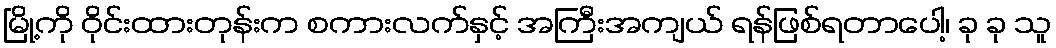
မြို့ကို ဝိုင်းထားတုန်းက စကားလက်နှင့် အကြီးအကျယ် ရန်ဖြစ်ရတာပေါ့၊ ခု ခု သူ